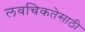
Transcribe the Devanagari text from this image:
लवचिकतेसाठी